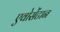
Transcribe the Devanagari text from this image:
एवोसेंटान